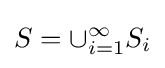
S=\cup _{i=1}^{\infty }S_{i}